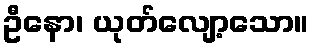
ဦနော၊ ယုတ်လျော့သော။